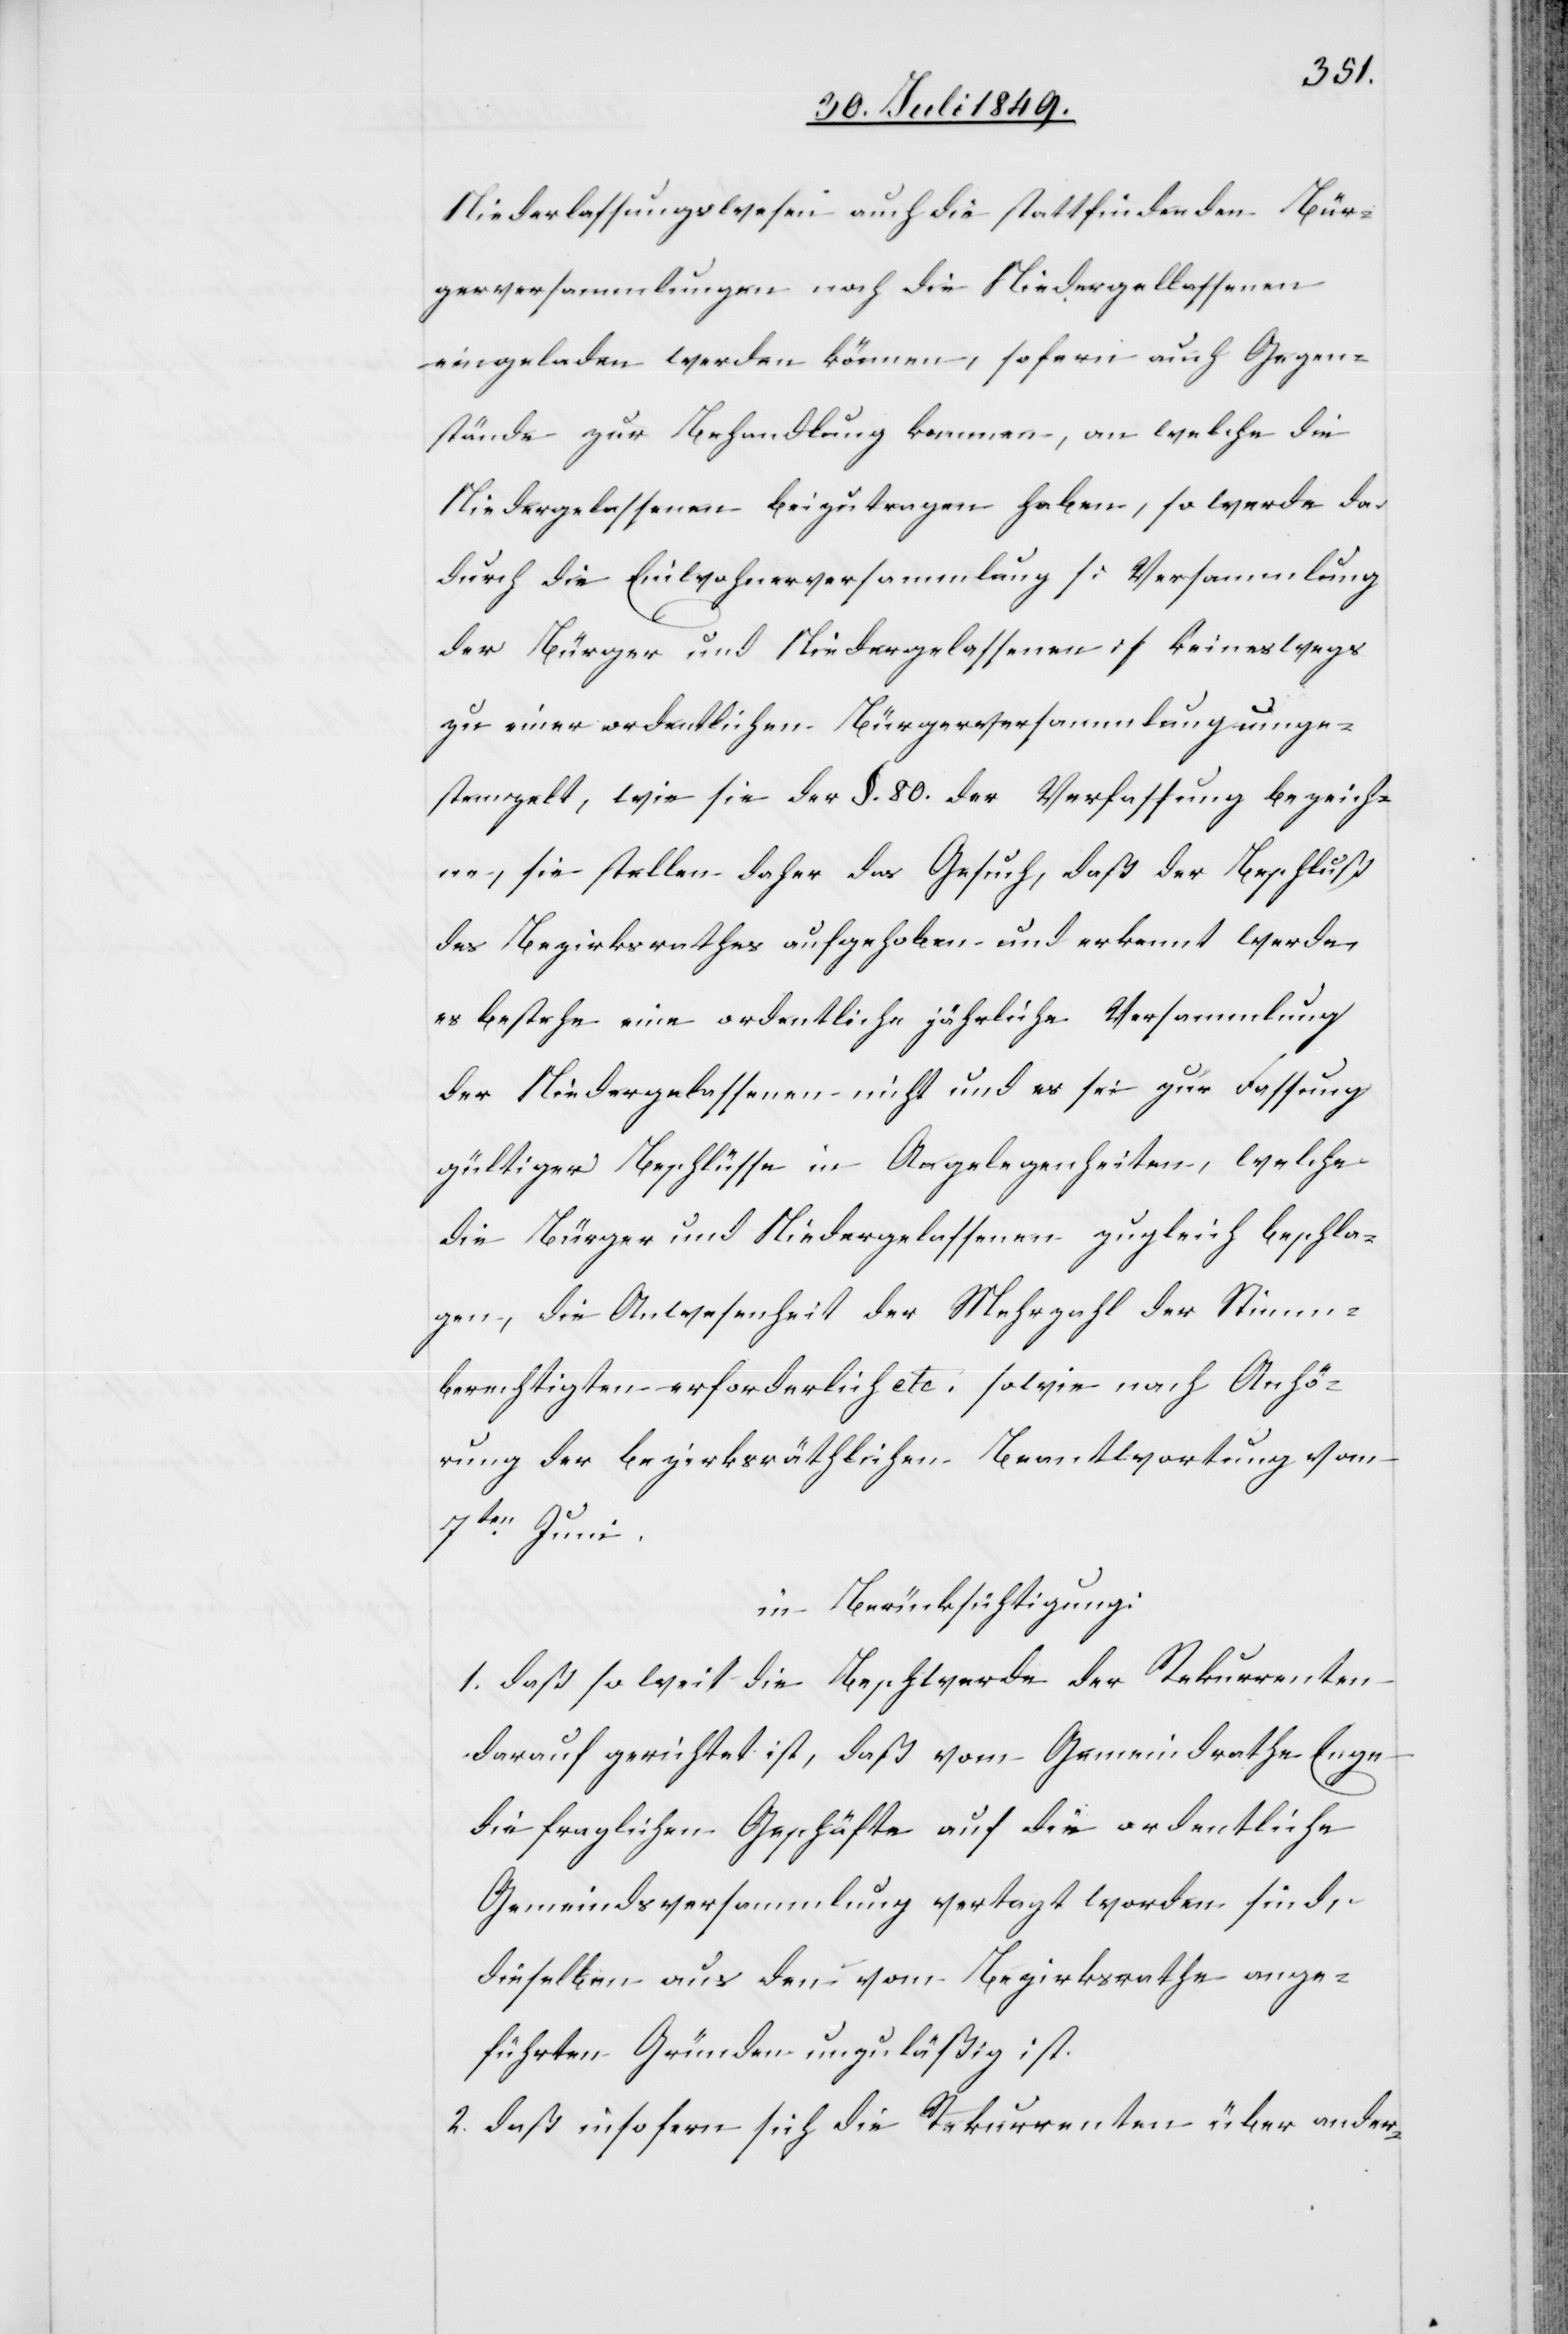
Niederlassungswesen auch die stattfindenden Bür¬
gerversammlungen noch die Niedergelassenen
eingeladen werden können, sofern auch Gegen¬
stände zur Behandlung kommen, an welche die
Niedergelassenen beizutragen haben, so werde da¬
durch die Einwohnerversammlung [Versammlung
der Bürger und Niedergelassenen] keineswegs
zu einer ordentlichen Bürgerversammlung umge¬
stempelt, wie sie der §. 80. der Verfassung bezeich¬
ne, sie stellen daher das Gesuch, daß der Beschluß
des Bezirksrathes aufgehoben und erkennt werde,
es bestehe eine ordentliche jährliche Versammlung
der Niedergelassenen nicht und es sei zur Fassung
gültiger Beschlüsse in Angelegenheiten, welche
die Bürger und Niedergelassenen zugleich beschla¬
gen, die Anwesenheit der Mehrzahl der Stimm¬
berechtigten erforderlich etc. sowie nach Anhö¬
rung der bezirksräthlichen Beantwortung vom
7ten Juni.
in Berücksichtigung:
1. daß so weit die Beschwerde der Rekurrenten
darauf gerichtet ist, daß vom Gemeindrathe Enge
die fraglichen Geschäfte auf die ordentliche
Gemeindsversammlung vertagt worden sind,
dieselben aus den vom Bezirksrathe ange¬
führten Gründen unzuläßig ist
2. daß insofern sich die Rekurrenten über ander-